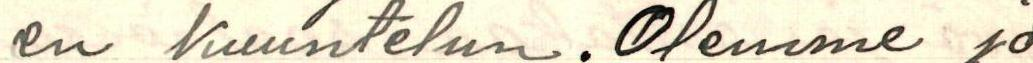
en kuuntelun. Olemme jo